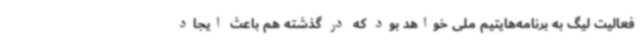
فعالیت لیگ به برنامه‌هایتیم ملی خواهد بود که در گذشته هم باعث ایجاد